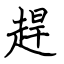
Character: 趕